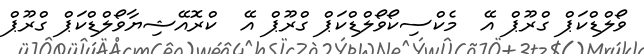
ވޯލްޑްކަޕް ގްރޫޕް އޭ  މެކްސިކޯވޯލްޑްކަޕް ގްރޫޕް އޭ  ކްރޮއޭޝިޔާވޯލްޑްކަޕް ގްރޫޕް